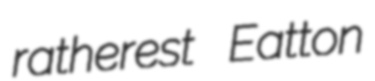
ratherest Eatton